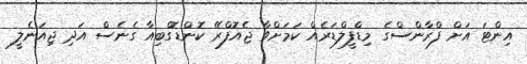
އިންޓަ އަށް ފްރާންސްގެ މިޑްފީލްޑަރެއް ކަމަށްވާ ޖެއޮފްރޭ ކޮންޑޮގްބިއާ ގެނެސް އަދި ޖިއަނެލީ